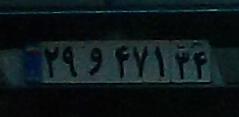
۲۹و۴۷۱۳۴